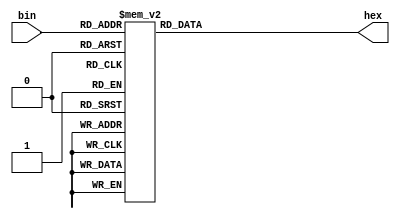
module seven_segment_decoder_behavioral (bin, hex);
	input [3:0]bin;
	output [6:0]hex;
	reg [6:0]hex;
	
	always @(bin) begin
		case (bin)
			4'b0000: hex = 7'b0111111;
			4'b0001: hex = 7'b0000110;
			4'b0010: hex = 7'b1011011;
			4'b0011: hex = 7'b1001111;
			4'b0100: hex = 7'b1100110;
			4'b0101: hex = 7'b1101101;
			4'b0110: hex = 7'b1111101;
			4'b0111: hex = 7'b0000111;
			4'b1000: hex = 7'b1111111;
			4'b1001: hex = 7'b1100111;
			4'b1010: hex = 7'b1110111;
			4'b1011: hex = 7'b1111100;
			4'b1100: hex = 7'b0111001;
			4'b1101: hex = 7'b1011110;
			4'b1110: hex = 7'b1111001;
			4'b1111: hex = 7'b1110001;
		endcase
	end
	
endmodule